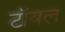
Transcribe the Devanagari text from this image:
टॉयल